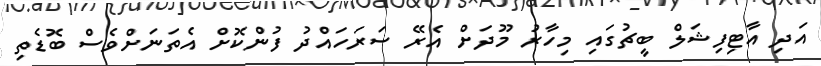
އަދި އާޓިފިޝަލް ބީޗުގައި މިހާރު މޫދަށް އެރޭ ސަރަހައްދު ފުންކޮށް އެތަނަށްވެސް ބޮޑެތި